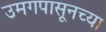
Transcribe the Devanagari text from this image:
उमगपासूनच्या